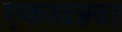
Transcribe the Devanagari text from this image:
एकावन्नवा